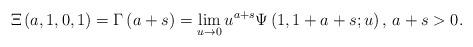
LaTeX: \begin{align*}\Xi \left( {a,1,0,1} \right)= \Gamma \left( {a + s} \right) = \mathop {\lim }\limits_{u \to 0} {u^{a + s}}\Psi \left( {1,1 + a + s;u} \right), \, a+s > 0.\end{align*}